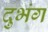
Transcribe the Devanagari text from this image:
दुभंग